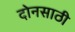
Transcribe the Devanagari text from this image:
दोनसाठी